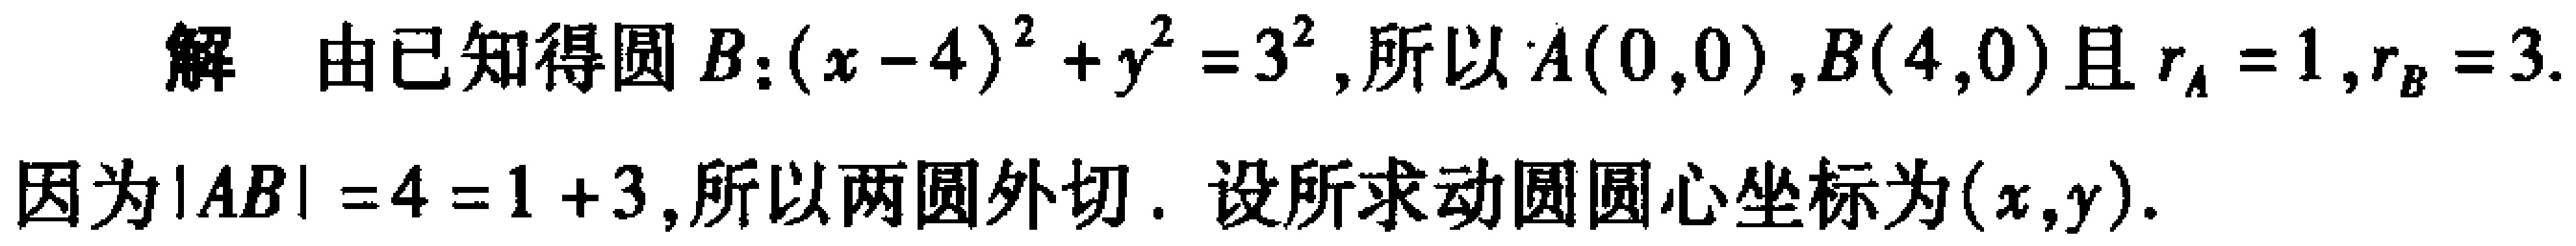
解 由已知得圆 \(B:(x - 4)^{2}+y^{2}=3^{2}\), 所以 \(A(0,0)\), \(B(4,0)\) 且 \(r_{A}=1\), \(r_{B}=3\).
因为 \(|AB| = 4=1 + 3\), 所以两圆外切. 设所求动圆圆心坐标为 \((x,y)\).